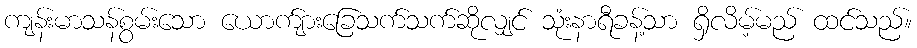
ကျန်းမာသန်စွမ်းသော ယောက်ျားခြေသက်သက်ဆိုလျှင် သုံးနာရီခန့်သာ ရှိလိမ့်မည် ထင်သည်။